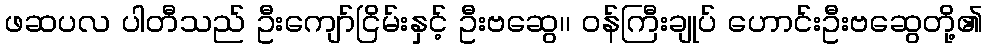
ဖဆပလ ပါတီသည် ဦးကျော်ငြိမ်းနှင့် ဦးဗဆွေ၊၊ ဝန်ကြီးချုပ် ဟောင်းဦးဗဆွေတို့၏